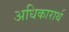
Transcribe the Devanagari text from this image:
अधिकारार्थ